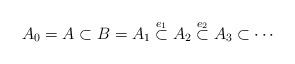
LaTeX: \begin{align*}A_0 = A \subset B = A_1 \overset{e_1}{\subset} A_2 \overset{e_2}{\subset} A_3 \subset \cdots\end{align*}